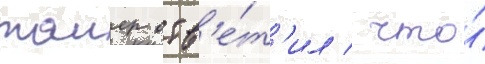
таиер отв'е́т'ил / что́